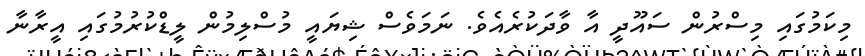
މިކަމުގައި މިސްރުން ސައޫދީ އާ ވާދަކުރެއެވެ. ނަމަވެސް ޝިޔައީ މުސްލިމުން ލީޑްކުރުމުގައި އީރާނާ